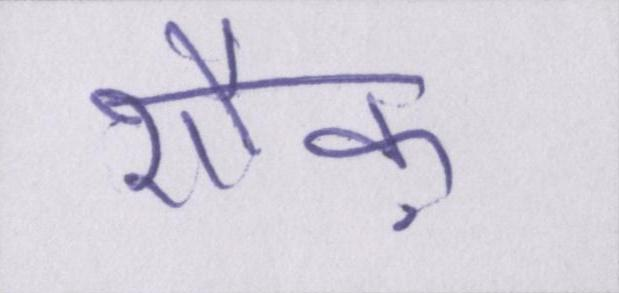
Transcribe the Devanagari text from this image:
शौक़